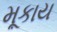
મૂકાય